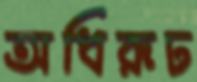
অধিরূঢ